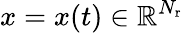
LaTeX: x=x(t)\in\mathbb{R}^{N_{\mathrm{r}}}